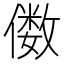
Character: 𫣫